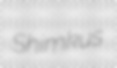
Shimkus